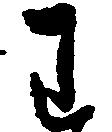
わ